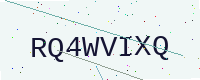
Text: RQ4WVIXQ